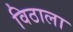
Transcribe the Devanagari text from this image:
विठाला